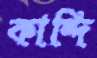
কান্দি